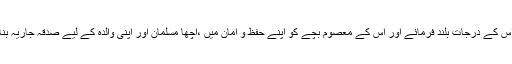
اللہ اس کے درجات بلند فرمائے اور اس کے معصوم بچے کو اپنے حفظ و امان میں ،اچھا مسلمان اور اپنی والدہ کے لیے صدقۂ جاریہ بنائے۔